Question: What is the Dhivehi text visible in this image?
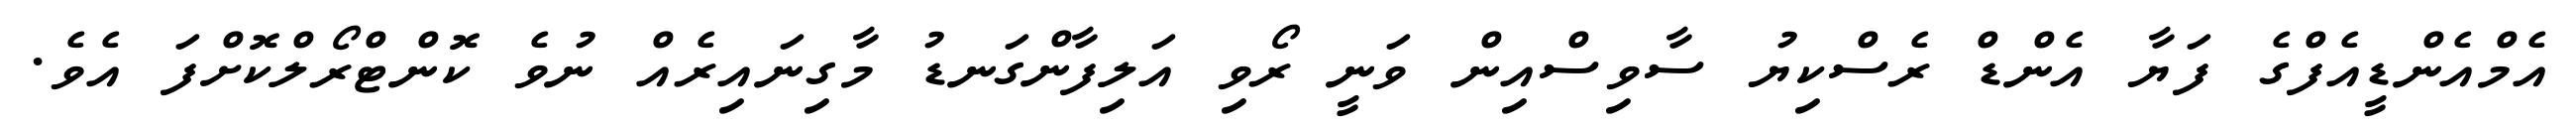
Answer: އެމްއެންޑީއެފްގެ ފަޔާ އެންޑް ރެސްކިޔު ސާވިސްއިން ވަނީ ރޯވި އަލިފާންގަނޑު މާގިނައިރެއް ނުވެ ކޮންޓްރޯލްކޮށްފަ އެވެ.